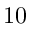
1 0